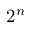
2 ^ { n }